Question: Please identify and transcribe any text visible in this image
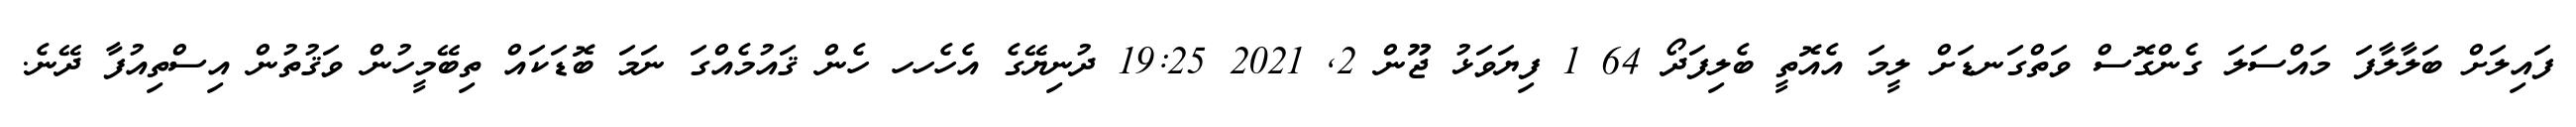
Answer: ފައިލަށް ބަލާލާފަ މައްސަލަ ގެންގޮސް ވަތްގަނޑަށް ލީމަ އެއޮތީ ބެލިފަދޯ 64 1 ފިޔަވަޅު ޖޫން 2, 2021 19:25 ދުނިޔޭގެ އެހެހހ ހެން ޤައުމެއްގަ ނަމަ ބޮޑަކައް ތިބޭމީހުން ވަޤުތުން އިސްތިއުފާ ދޭނެ.